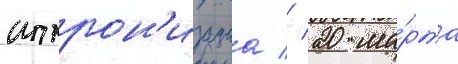
интрон'изациа // 20 ма́рта